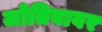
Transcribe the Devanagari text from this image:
जोतिबावर